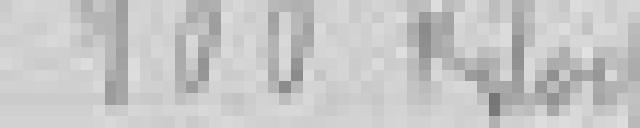
entrée : 100 kilos